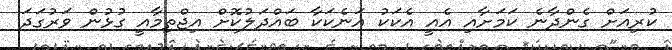
ކުރިއަށް ގެންދާނެ ކަމަށާއި އެއީ އެކަކު އަނެކަކާ ބައްދަލުކޮށް އިޖްތިމާއީ ގުޅުން ވަރުގަދަ